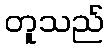
တူသည်